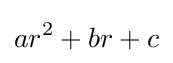
ar^{2}+br+c